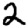
Digit: 2